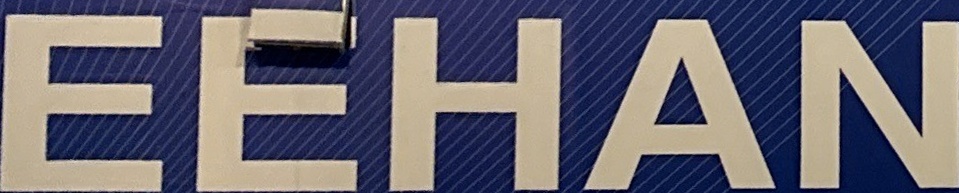
EEHAN